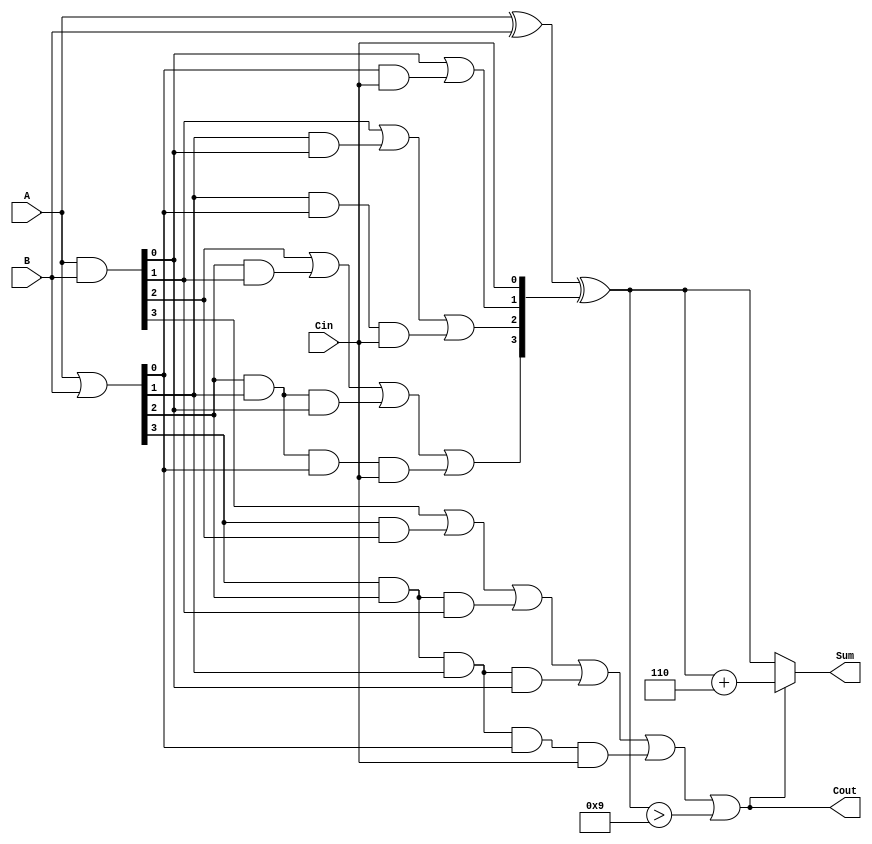
module BCD_Carry_Lookahead_Adder (
    input  [3:0] A,      // First BCD digit
    input  [3:0] B,      // Second BCD digit
    input        Cin,     // Carry input
    output [3:0] Sum,     // BCD sum output
    output       Cout     // Carry output
);
    wire [3:0] G;        // Generate signals
    wire [3:0] P;        // Propagate signals
    wire [4:0] C;        // Carry signals

    // Generate and propagate calculations
    assign G = A & B;    // G[i] = A[i] AND B[i]
    assign P = A | B;    // P[i] = A[i] OR B[i]

    // Carry signal calculations
    assign C[0] = Cin;   // C[0] = Cin
    assign C[1] = G[0] | (P[0] & C[0]);
    assign C[2] = G[1] | (P[1] & G[0]) | (P[1] & P[0] & C[0]);
    assign C[3] = G[2] | (P[2] & G[1]) | (P[2] & P[1] & G[0]) | (P[2] & P[1] & P[0] & C[0]);
    assign C[4] = G[3] | (P[3] & G[2]) | (P[3] & P[2] & G[1]) | (P[3] & P[2] & P[1] & G[0]) | (P[3] & P[2] & P[1] & P[0] & C[0]);

    // Raw sum calculation
    wire [3:0] raw_sum;
    assign raw_sum = A ^ B ^ C[3:0]; // Sum[i] = A[i] XOR B[i] XOR C[i]

    // BCD correction logic
    wire [3:0] corrected_sum;
    assign corrected_sum = raw_sum + 4'd6; // Add 6 for BCD correction if needed

    // Final sum and carry output
    assign Sum = (C[4] || (raw_sum > 4'd9)) ? corrected_sum : raw_sum;
    assign Cout = C[4] || (raw_sum > 4'd9);

endmodule